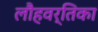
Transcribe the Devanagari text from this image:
लौहवर्तिका